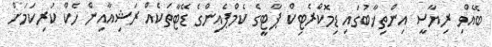
ބޭއްވި ރިޔާސީ އިންތިޚާބުގައި ޑިމޮކްރެޓިކް ޕާޓީގެ ކެމްޕެއިންގެ ޑޭޓާތަކެއް ރަޝިއާއިން ހެކް ކުރިކަމަށް